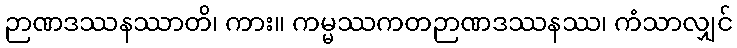
ဉာဏဒဿနဿာတိ၊ ကား။ ကမ္မဿကတဉာဏဒဿနဿ၊ ကံသာလျှင်